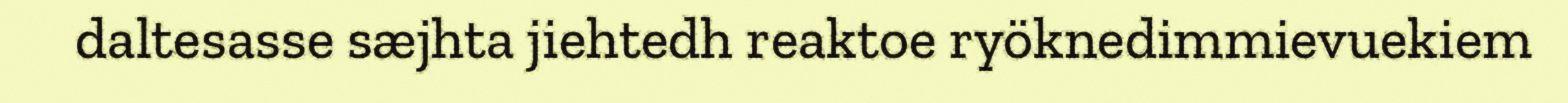
daltesasse sæjhta jiehtedh reaktoe ryöknedimmievuekiem